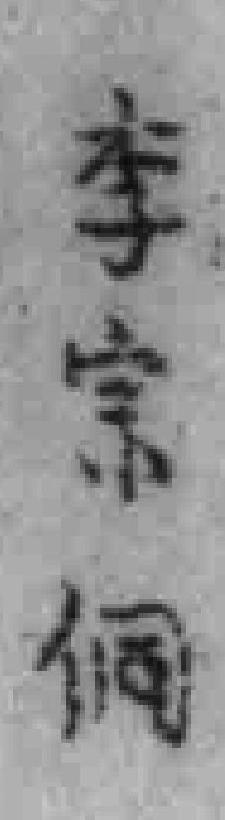
李宗侗